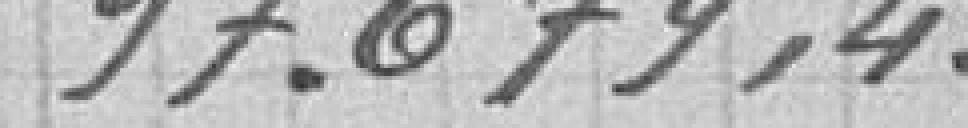
97.679,43